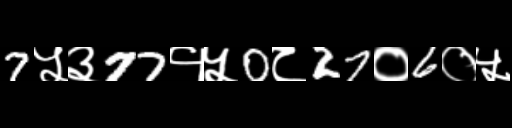
Text: 7५३77१५0८27०6०५